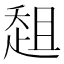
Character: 𰷳